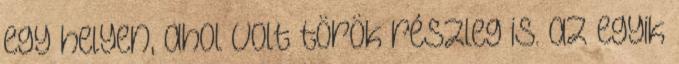
egy helyen, ahol volt török részleg is. az egyik